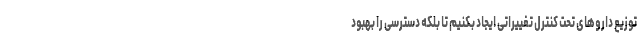
توزیع دارو‌های تحت کنترل تغییراتی ایجاد بکنیم تا بلکه دسترسی را بهبود